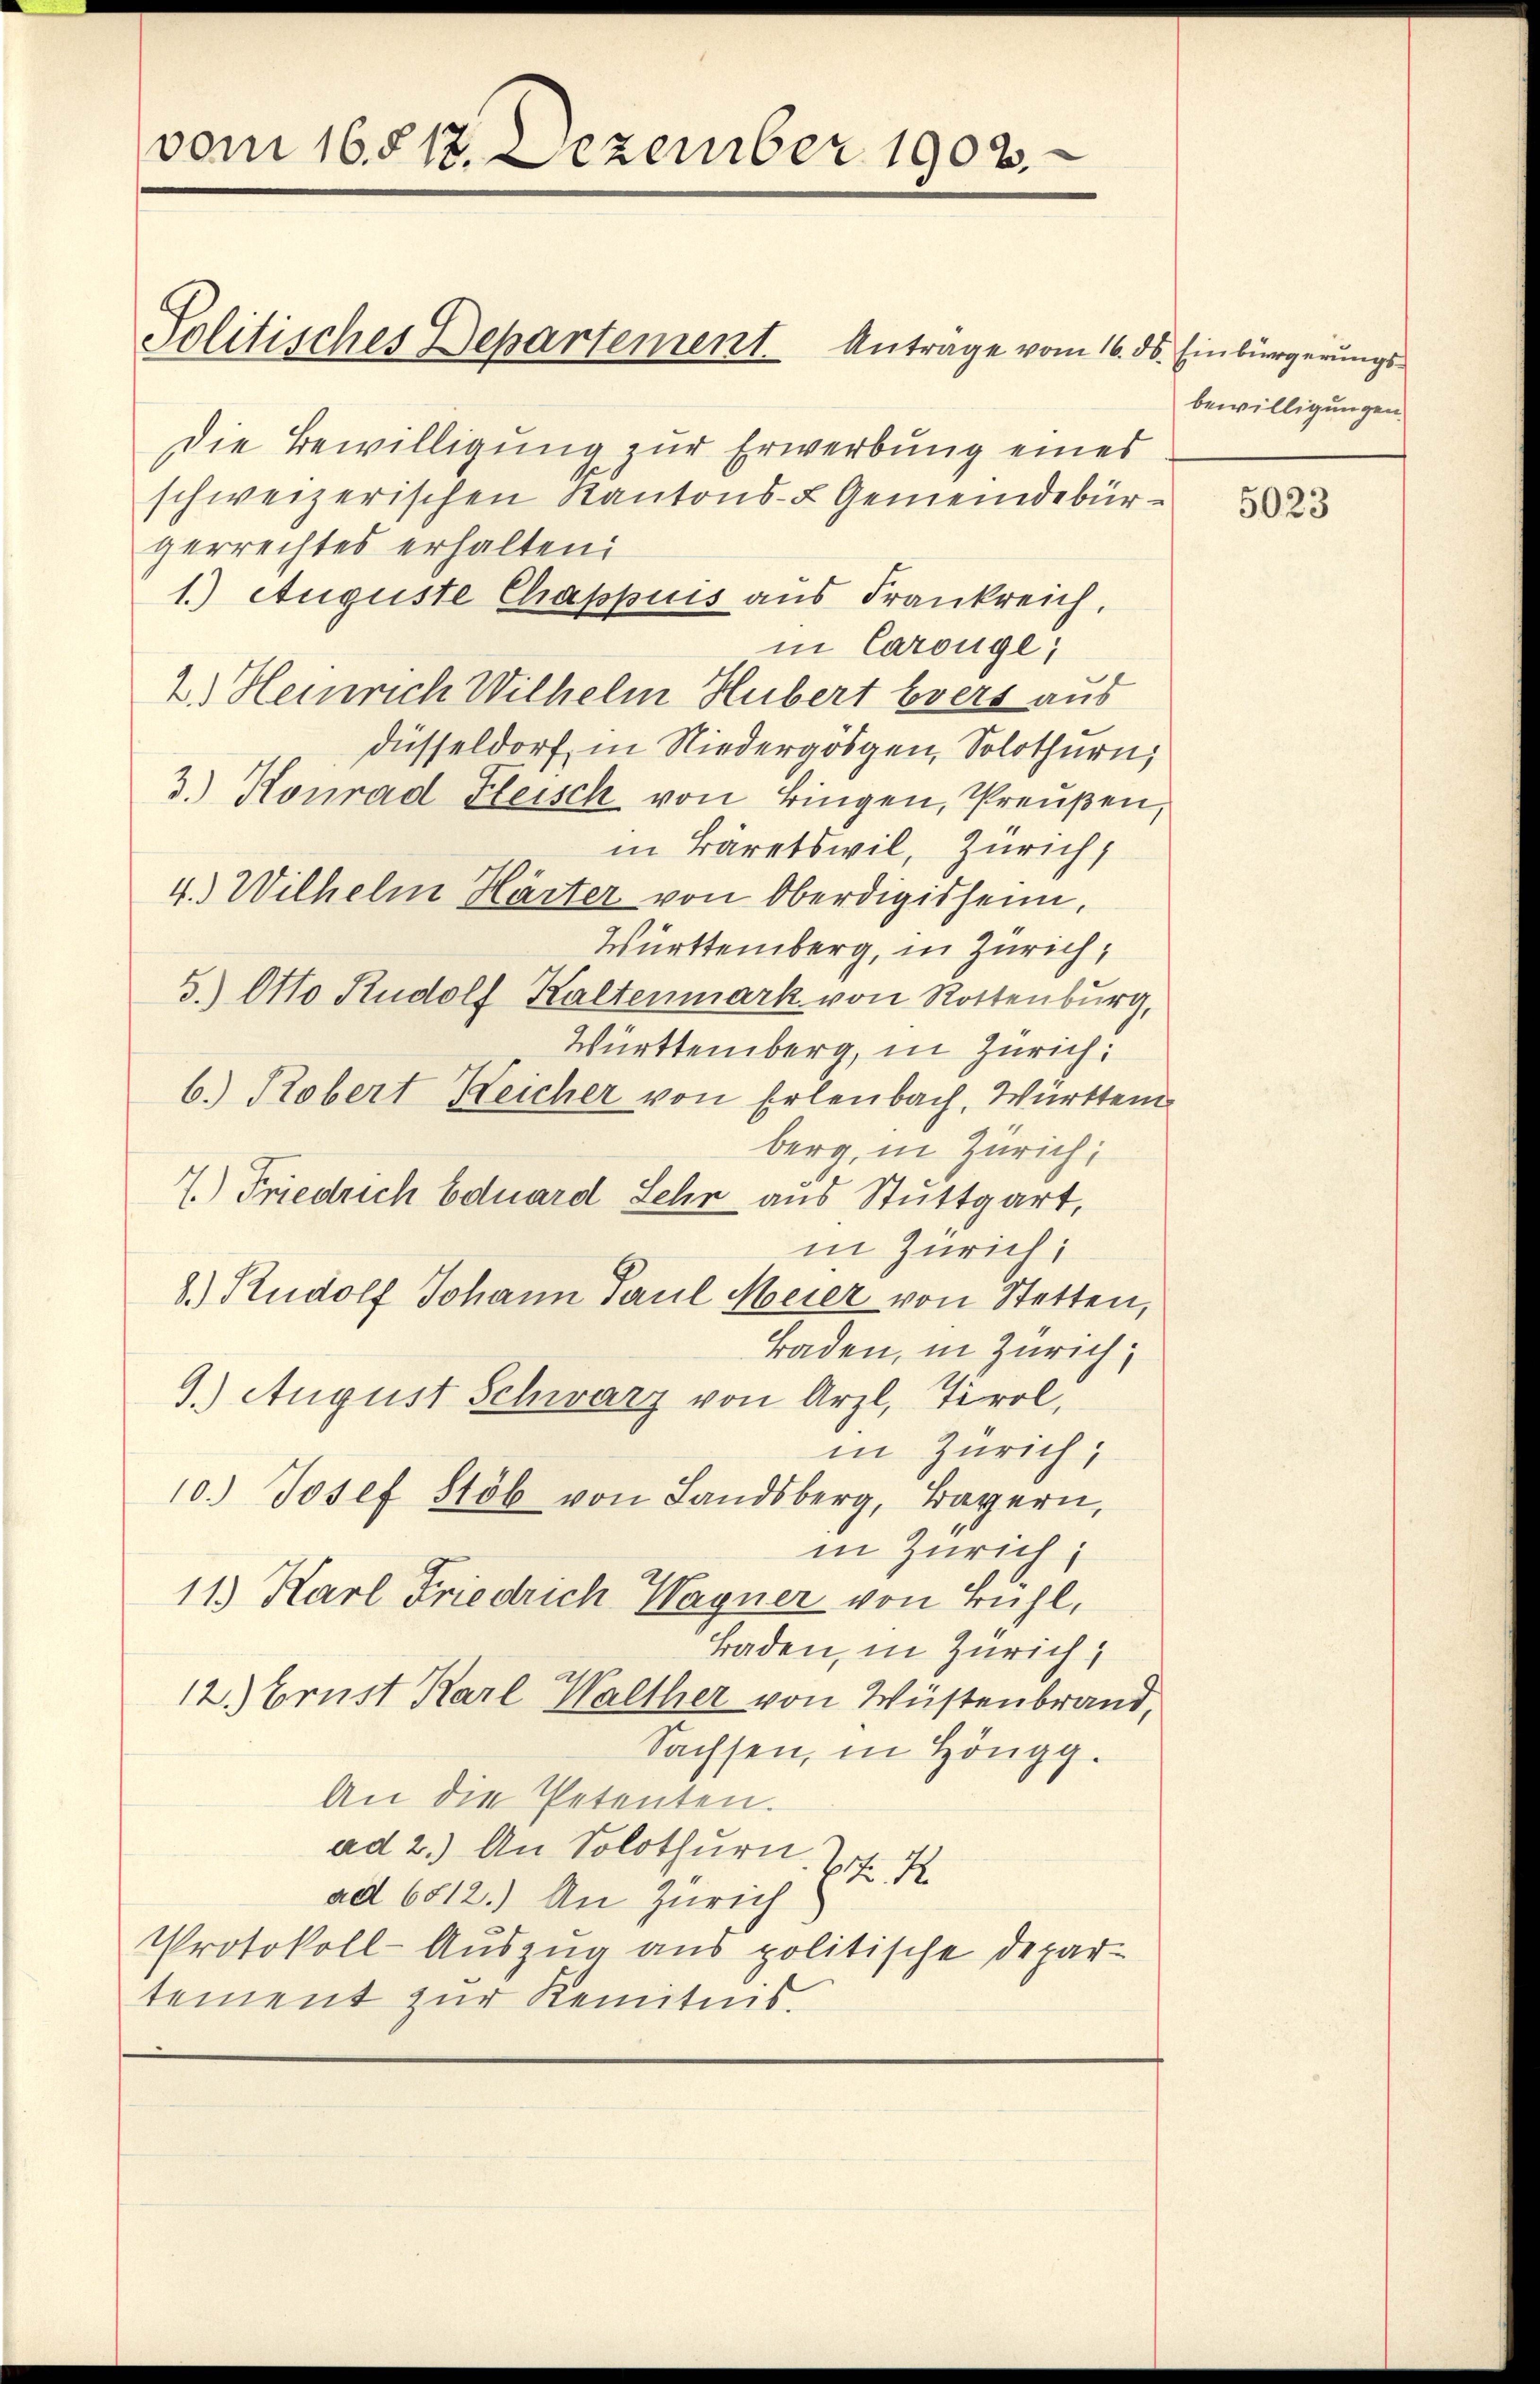
vom 16. 517. Dezember 1903.

Die Bewilligung zur Erwerbung eines
schweizerischen Kantons- & Gemeindebürgerrechtes erhalten:
1.) Auguste Chappuis aus Frankreich,
in Carouge;
2.) Heinrich Wilhelm Hubert vers aus
düsseldorf in Niedergögen, Solothurn,
3.) Konrad Fleisch von Bingen, Preußen,
in Bäretswil, Zürich,
4.) Wilhelm Härter von Oberdigisheim,
Württemberg, in Zürich,
S. Otto Rudolf Kaltenmark von Rottenburg,
Württemberg, in Zürich.
b. Robert Reicher von Erlenbach, Württem
berg, in Zürich,
7.) Friedrich Eduard Sehr aus Stuttgart,
in Zürich;
8.) Rudolf Johann Paul Meier von Stetten,
Baden, in Zürich,
9.) August Schwarz von Arzl, Tirol,
in Zürich,
10.) Josef Stöb von Landsberg, Bayern,
in Zürich;
11.) Karl Friedrich Wagner von Bühl,
Baden, in Zürich,
12.) Brust Karl Walther von Wüstenbrand,
Sachsen, in Höngg.
An die Petenten.
ad 2.) An Solothurn,
N. 1
ad 6812.) An Zürich
Protokoll-Auszug aus politische Depar-
tement zur Kenntnis

Politisches Departement Antrage vom 16. ds. Einbürgerungs-

bewilligungen.

s

5023